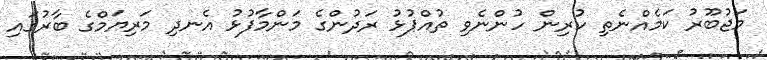
މަޖުބޫރު ކަމެއްނެތި ކުރިން ހުންނެވި ތުއްޕުޅު ރަދުންގެ މަންމާފުޅު އެނދި މަރިޔަމްގެ ބާރުގައި